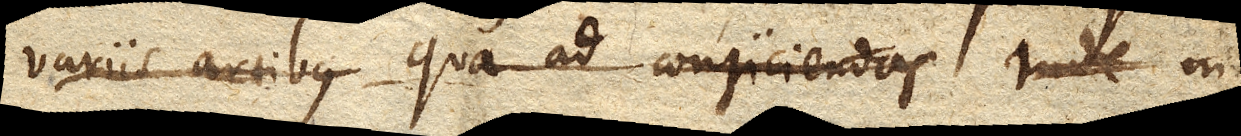
variis artibus qua ad conjiciendas